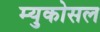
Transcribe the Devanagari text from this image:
म्युकोसल